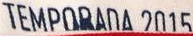
TEMPORADA 2015